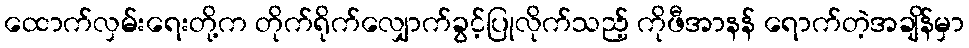
ထောက်လှမ်းရေးတို့က တိုက်ရိုက်လျှောက်ခွင့်ပြုလိုက်သည့် ကိုဖီအာနန် ရောက်တဲ့အချိန်မှာ